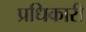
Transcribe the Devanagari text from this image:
प्रधिकारी